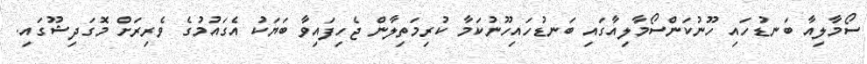
ސޯމާލިއާ ބަނޑުހައި ހޫނުކަންސޯމާލިއާގައި ބަނޑުހައިހޫނުކަމާ ކުރިމަތިލާން ޖެހިފައިވާ ބަޔަކު އެގައުމުގެ ވެރިރަށް މޮގަދިޝޫގައި.